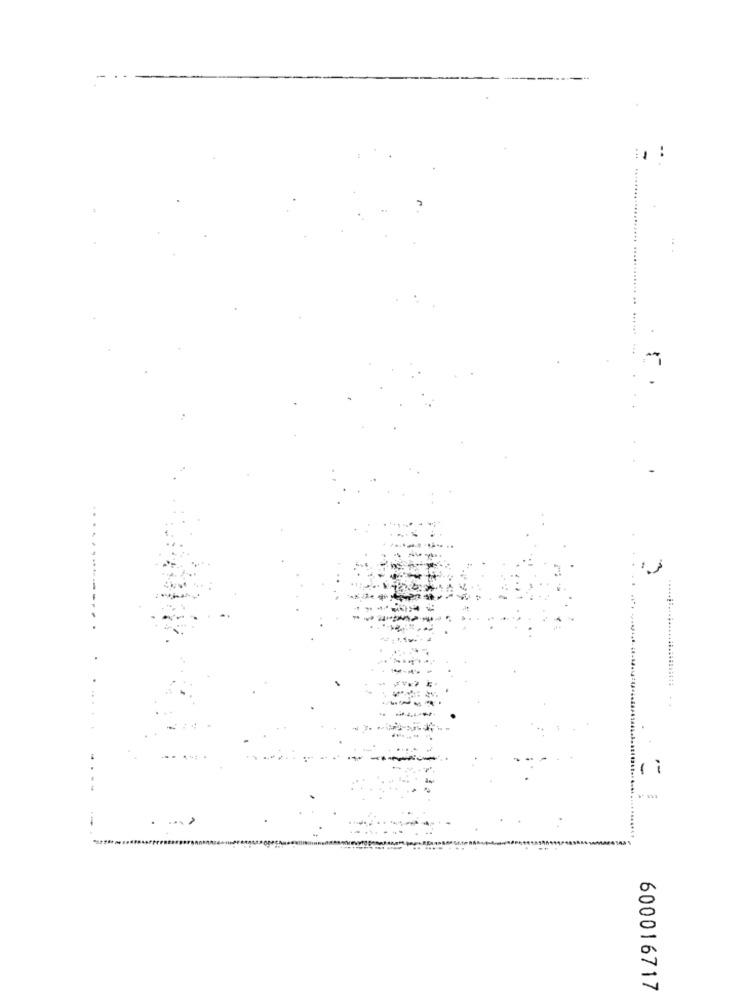
...
--.
600016717